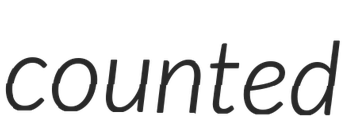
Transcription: counted